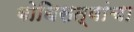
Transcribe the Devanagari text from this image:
बोधिसत्वांचा